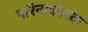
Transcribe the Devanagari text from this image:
परिनाकारक